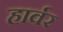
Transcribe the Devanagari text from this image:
हार्वर